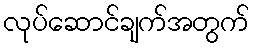
လုပ်ဆောင်ချက်အတွက်